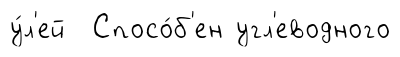
у́л'ей Спосо́б'ен угл'еводного